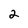
Character: 2